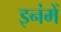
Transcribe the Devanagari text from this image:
इनंमें